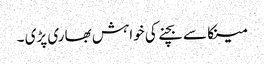
مینکا سے بچنے کی خواہش بھاری پڑی ۔